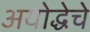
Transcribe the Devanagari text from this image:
अयोद्धेचे